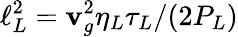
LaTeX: \ell_{L}^{2}=\mathbf{v}_{g}^{2}\eta_{L}\tau_{L}/(2P_{L})